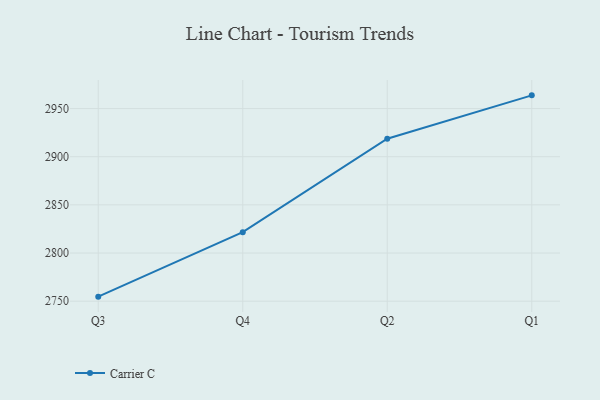
{"axis": {"x": "Quarter", "y": "Satisfaction Score"}, "legend": ["Carrier C"], "data": [{"x": "Q3", "y": 2754.7, "type": "Carrier C"}, {"x": "Q4", "y": 2821.6, "type": "Carrier C"}, {"x": "Q2", "y": 2918.7, "type": "Carrier C"}, {"x": "Q1", "y": 2963.7, "type": "Carrier C"}]}